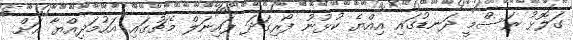
ގަލޮޅު ރަސްމީ ދަނޑުގައި އިއްޔެ ކުޅުނު ފޯރިގަދަ ފައިނަލް މެޗުގައި އަހުމަދިއްޔާ އަށް